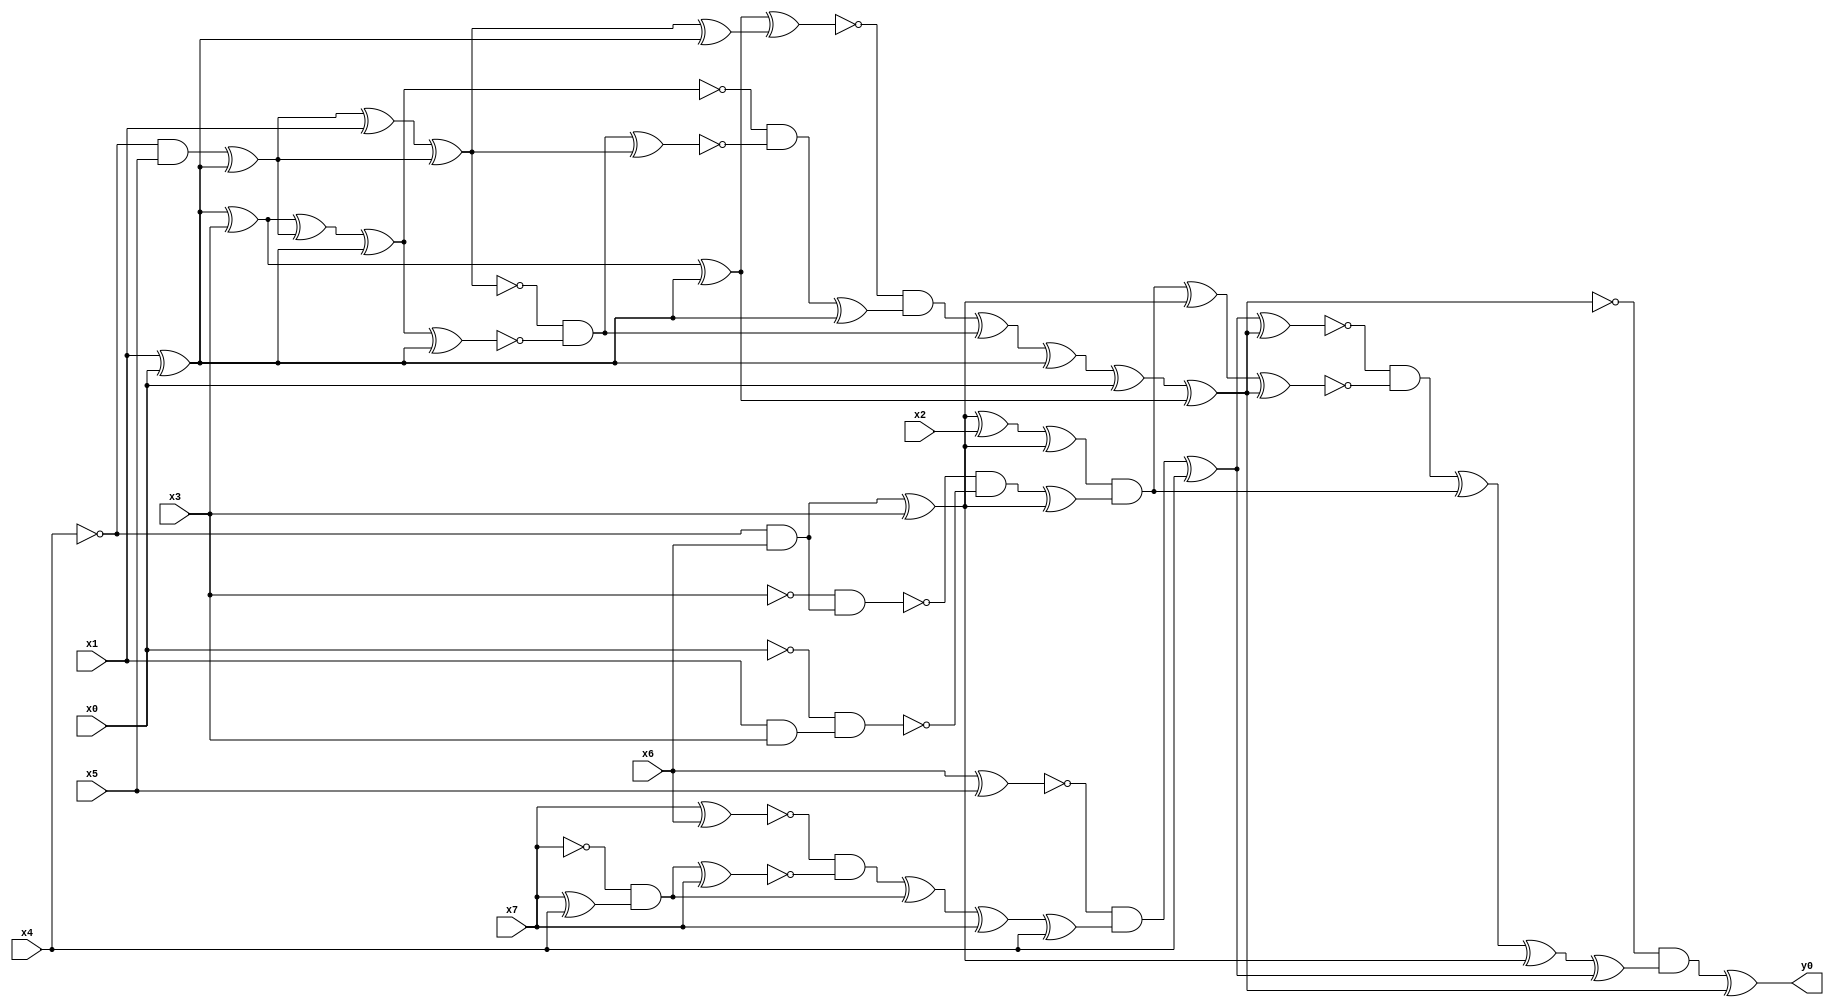
module top( x0 , x1 , x2 , x3 , x4 , x5 , x6 , x7 , y0 );
  input x0 , x1 , x2 , x3 , x4 , x5 , x6 , x7 ;
  output y0 ;
  wire n9 , n10 , n11 , n12 , n13 , n14 , n15 , n16 , n17 , n18 , n19 , n20 , n21 , n22 , n23 , n24 , n25 , n26 , n27 , n28 , n29 , n30 , n31 , n32 , n33 , n34 , n35 , n36 , n37 , n38 , n39 , n40 , n41 , n42 , n43 , n44 , n45 , n46 , n47 , n48 , n49 , n50 , n51 , n52 , n53 , n54 , n55 , n56 , n57 , n58 , n59 ;
  assign n9 = x1 ^ x0 ;
  assign n15 = n9 ^ x3 ;
  assign n16 = n15 ^ n9 ;
  assign n10 = ~x4 & x5 ;
  assign n11 = n10 ^ n9 ;
  assign n12 = n11 ^ x1 ;
  assign n13 = n12 ^ n11 ;
  assign n14 = n13 ^ n9 ;
  assign n17 = n16 ^ n14 ;
  assign n18 = n15 ^ n11 ;
  assign n19 = n18 ^ n9 ;
  assign n20 = n19 ^ n9 ;
  assign n21 = ~n13 & ~n20 ;
  assign n22 = n21 ^ n13 ;
  assign n23 = ~n19 & ~n22 ;
  assign n24 = n23 ^ n9 ;
  assign n25 = ~n17 & n24 ;
  assign n26 = n25 ^ n21 ;
  assign n27 = n26 ^ n9 ;
  assign n28 = n27 ^ x0 ;
  assign n29 = n28 ^ n16 ;
  assign n30 = x6 ^ x5 ;
  assign n31 = x7 ^ x6 ;
  assign n32 = x7 ^ x4 ;
  assign n33 = ~x7 & n32 ;
  assign n34 = n33 ^ x7 ;
  assign n35 = ~n31 & ~n34 ;
  assign n36 = n35 ^ n33 ;
  assign n37 = n36 ^ x7 ;
  assign n38 = n37 ^ x4 ;
  assign n39 = ~n30 & n38 ;
  assign n40 = n39 ^ x4 ;
  assign n41 = n40 ^ n29 ;
  assign n42 = ~x4 & x6 ;
  assign n43 = n42 ^ x3 ;
  assign n44 = n43 ^ x2 ;
  assign n45 = n44 ^ n43 ;
  assign n46 = ~x3 & n42 ;
  assign n47 = x1 & x3 ;
  assign n48 = ~x0 & n47 ;
  assign n49 = ~n46 & ~n48 ;
  assign n50 = n49 ^ n43 ;
  assign n51 = n45 & n50 ;
  assign n52 = n51 ^ n43 ;
  assign n53 = n52 ^ n29 ;
  assign n54 = ~n41 & ~n53 ;
  assign n55 = n54 ^ n51 ;
  assign n56 = n55 ^ n43 ;
  assign n57 = n56 ^ n40 ;
  assign n58 = ~n29 & n57 ;
  assign n59 = n58 ^ n29 ;
  assign y0 = n59 ;
endmodule